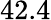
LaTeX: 42.4